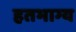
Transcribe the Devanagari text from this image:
हतभाग्य